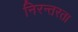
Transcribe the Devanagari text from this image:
निरन्‍तरता